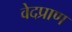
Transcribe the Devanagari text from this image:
वेदप्राण